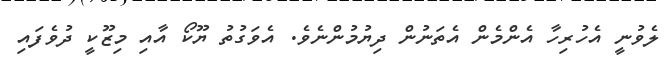
ލެވުނީ އެހުރިހާ އެންމެން އެތަނުން ދިޔުމުންނެވެ. އެވަގުތު ޔޫކޯ އާއި މިޒޫކީ ދުވެފައި